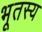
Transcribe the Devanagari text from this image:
भूतस्य